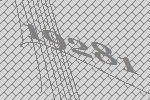
19281